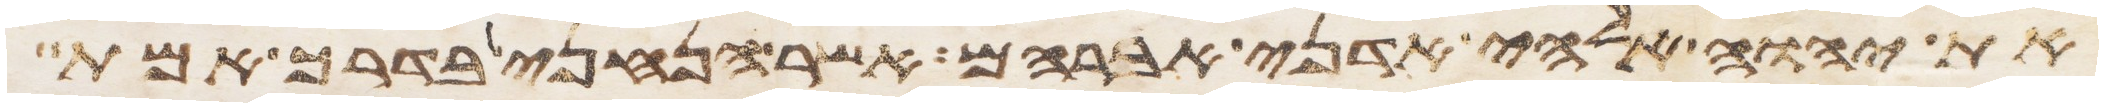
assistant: את יהוה אלהי אדני אברהם אשר הנחני בדרך אמת